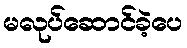
မလုပ်ဆောင်ခဲ့ပေ